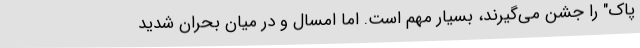
پاک" را جشن می‌گیرند، بسیار مهم است. اما امسال و در میان بحران شدید